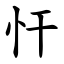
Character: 忓